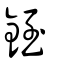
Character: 銍